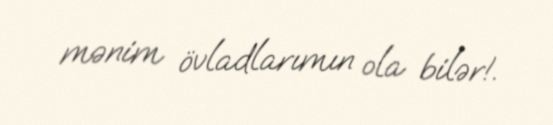
mənim övladlarımın ola bilər!.